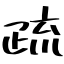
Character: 疏